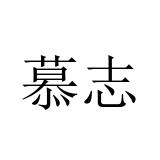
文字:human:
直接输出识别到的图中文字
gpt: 慕志